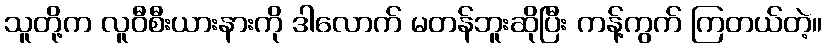
သူတို့က လူဝီစီးယားနားကို ဒါလောက် မတန်ဘူးဆိုပြီး ကန့်ကွက် ကြတယ်တဲ့။